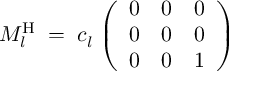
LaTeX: M _ { l } ^ { \mathrm { H } } \; = \; c _ { l } ^ { ~ } \left( \begin{array} { l l l } { { 0 } } & { { 0 } } & { { 0 } } \\ { { 0 } } & { { 0 } } & { { 0 } } \\ { { 0 } } & { { 0 } } & { { 1 } } \end{array} \right) \;